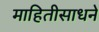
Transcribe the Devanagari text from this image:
माहितीसाधने